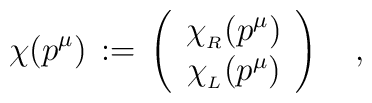
\chi(p^\mu) \,:=\,\left(\begin{array}{c}\chi_{_R}(p^\mu)\\\chi_{_L}(p^\mu)\end{array}\right)\quad,